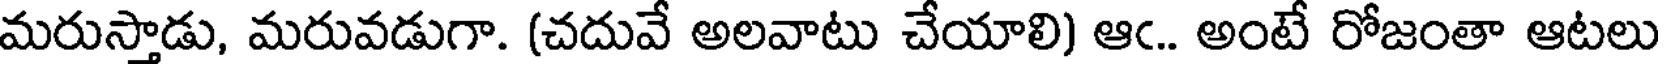
మరుస్తాడు, మరువడుగా. (చదువే అలవాటు చేయాలి) ఆఁ.. అంటే రోజంతా ఆటలు